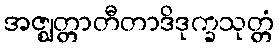
အဇ္ဈတ္တာတီတာဒိဒုက္ခသုတ္တံ